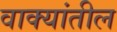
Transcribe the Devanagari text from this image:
वाक्यांतील